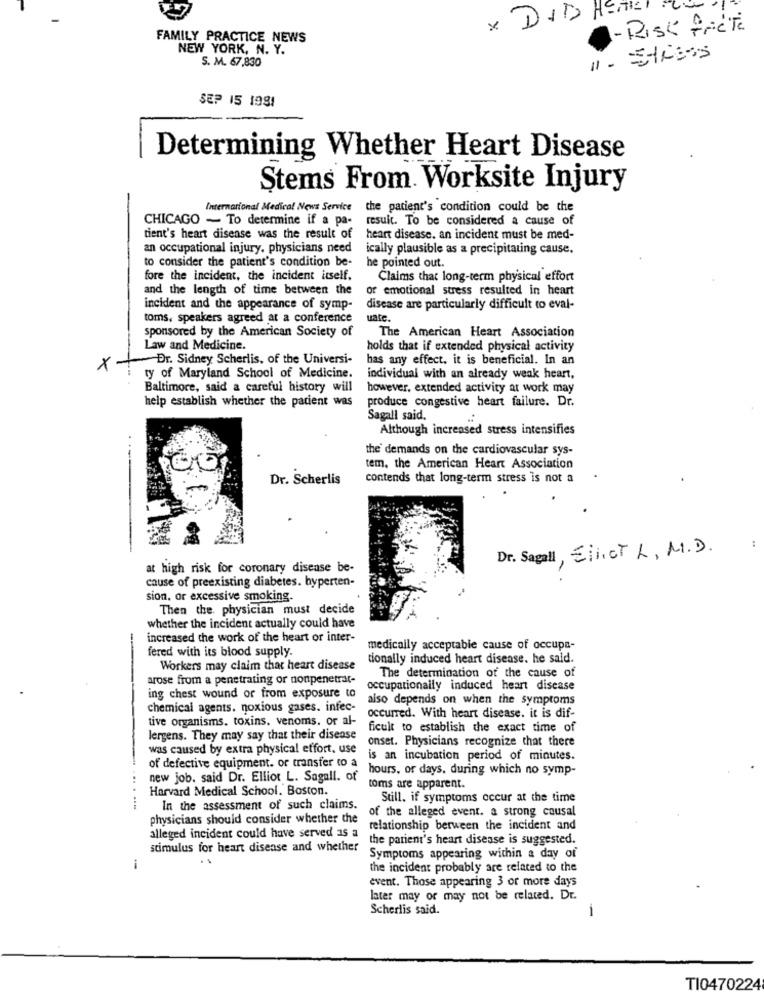
* DITO HERE!
- RISK friere
FAMILY PRACTICE NEWS
NEW YORK, N. Y.
S. M. 67,830
11 . Stress
SEP 15 1981
Determining Whether Heart Disease
Stems From Worksite Injury
International Medical News Service the patient's condition could be the
CHICAGO - To determine if a pa-
result. To be considered a cause of
tient's heart disease was the result of
heart disease. an incident must be med-
an occupational injury. physicians need
ically plausible as a precipitating cause.
to consider the patient's condition be-
he pointed out.
fore the incident, the incident itself.
Claims that long-term physical effort
and the length of time between the
or emotional stress resulted in heart
incident and the appearance of symp-
disease are particularly difficult to eval-
toms, speakers agreed at a conference
uate,
sponsored by the American Society of
The American Heart Association
Law and Medicine.
holds that if extended physical activity
Dr. Sidney Scherlis, of the Universi-
has any effect. it is beneficial. In an
x+
ty of Maryland School of Medicine.
individual with an already weak heart,
Baltimore, said a careful history will
however, extended activity at work may
produce congestive heart failure. Dr.
help establish whether the patient was
Sagall said.
Although increased stress intensifies
the demands on the cardiovascular sys-
tem. the American Heart Association
Dr. Scherlis
contends that long-term stress is not a
Dr. Sagall, Eiiict L, M. D.
at high risk for coronary disease be-
cause of preexisting diabetes. hyperten-
sion, or excessive smoking.
Then the physician must decide
whether the incident actually could have
increased the work of the heart or inter-
fered with its blood supply.
medically acceptable cause of occupa-
tionally induced heart disease. he said.
Workers may claim that heart disease
arose from a penetrating or nonpenetrat-
The determination of the cause of
occupationally induced heart disease
ing chest wound or from exposure to
also depends on when the symptoms
chemical agents. noxious gases. infec-
tive organisms. toxins. venoms. or al-
occurred. With heart disease. it is dif-
ficult to establish the exact time of
lergens. They may say that their disease
onset. Physicians recognize that there
was caused by extra physical effort, use
is an incubation period of minutes.
of defective equipment. or transfer to a
hours, or days, during which no symp-
new job. said Dr. Elliot L. Sagall. of
Harvard Medical School. Boston.
toms are apparent.
Still. if symptoms occur at the time
....
In the assessment of such claims.
of the alleged event. a strong causal
physicians should consider whether the
relationship between the incident and
alleged incident could have served as a
the patient's heart disease is suggested.
stimulus for heart disease and whether
Symptoms appearing within a day of
the incident probably are related to the
event. Those appearing 3 or more days
later may or may not be related. Dr.
Scherlis said.
-
TI0470224